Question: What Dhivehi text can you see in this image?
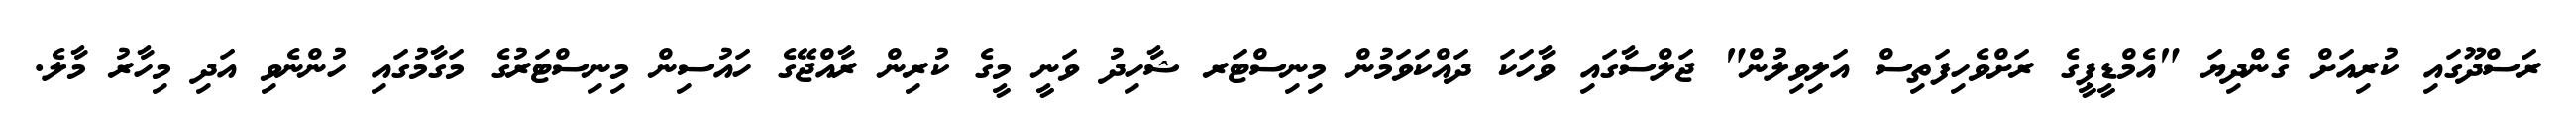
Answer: ރަސްދޫގައި ކުރިއަށް ގެންދިޔަ "އެމްޑީޕީގެ ރަށްވެހިފަތިސް އަލިވިލުން" ޖަލްސާގައި ވާހަކަ ދައްކަވަމުން މިނިސްޓަރ ޝާހިދު ވަނީ މީގެ ކުރިން ރާއްޖޭގެ ހައުސިން މިނިސްޓަރުގެ މަގާމުގައި ހުންނެވި އަދި މިހާރު މާލެ.